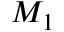
M _ { 1 }